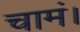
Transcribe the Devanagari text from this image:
चामं।